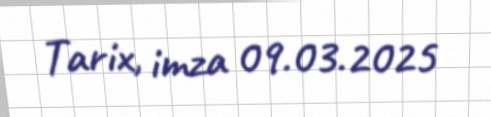
Tarix, imza 09.03.2025